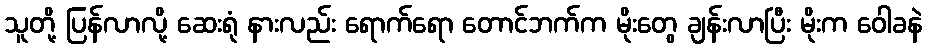
သူတို့ ပြန်လာလို့ ဆေးရုံ နားလည်း ရောက်ရော တောင်ဘက်က မိုးတွေ ချန်းလာပြီး မိုးက ဝေါခနဲ